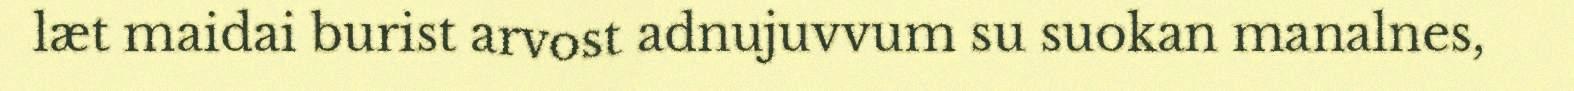
læt maidai burist arvost adnujuvvum su suokan manalnes,